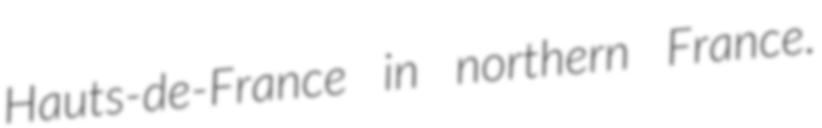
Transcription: Hauts-de-France in northern France.